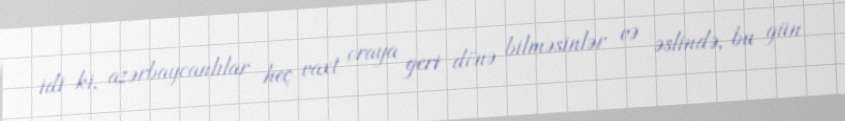
idi ki, azərbaycanlılar heç vaxt oraya geri dönə bilməsinlər və əslində, bu gün